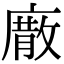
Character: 𢊰